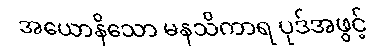
အယောနိသော မနသိကာရ ပုဒ်အဖွင့်